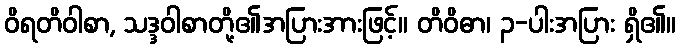
ဝိရတိဝါစာ, သဒ္ဒဝါစာတို့၏အပြားအားဖြင့်။ တိဝိဓာ၊ ၃-ပါးအပြား ရှိ၏။